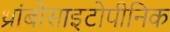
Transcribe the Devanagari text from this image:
थ्रांबोसाइटोपीनिक